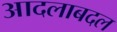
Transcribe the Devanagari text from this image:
आदलाबदल